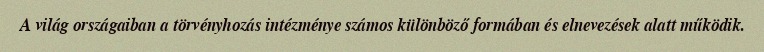
A világ országaiban a törvényhozás intézménye számos különböző formában és elnevezések alatt működik.